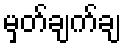
မှတ်ချက်ချ